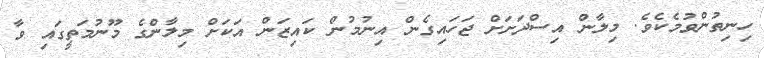
ހިނިތުންވުމެކެވެ. މިލާން އިސްދަށަށް ޖަހައިގެން އިނުމުން ކައިޒަން އަކަށް މިލާންގެ މޫނުމަތީގައި ވާ